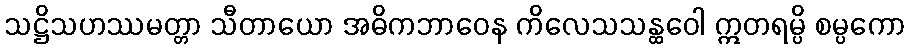
သဋ္ဌိသဟဿမတ္တာ သီတာယော အဓိကဘာဝေန ကိလေသသန္ထဝေါ ဣတရမ္ပိ စမ္ပကော